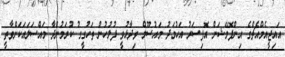
އައިޖީއެމްއެޗްގެ އިންފޮމޭޝަން އޮފިސަރު އަހުމަދު މައުސޫމް ވިދާޅުވީ ފުލުހުން ތަހުގީގު ކުރަމުންދާ މައްސަލައަކަށްވާތީ